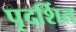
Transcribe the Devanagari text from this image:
पृदर्शित